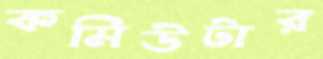
কমিউটার